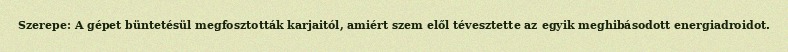
Szerepe: A gépet büntetésül megfosztották karjaitól, amiért szem elől tévesztette az egyik meghibásodott energiadroidot.